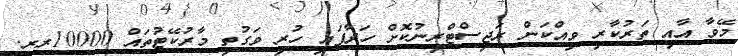
މޭވާ އާއި ތަރުކާރީ ވިއްކަން ރަޖިސްޓްރީނުކޮށް ހަދާފައި ހުރި ވަގުތީ މާރުކޭޓުތައް 10000ރރ.